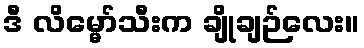
ဒီ လိမ္မော်သီးက ချိုချဉ်လေး။